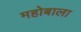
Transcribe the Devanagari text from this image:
महोबाला